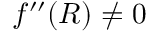
f ^ { \prime \prime } ( R ) \neq 0